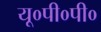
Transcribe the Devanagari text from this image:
यू०पी०पी०